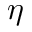
\eta